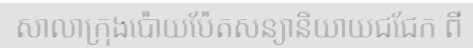
សាលាក្រុងប៉ោយប៉ែតសន្យានិយាយជជែក ពី